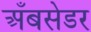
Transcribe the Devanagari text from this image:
अँबसेडर